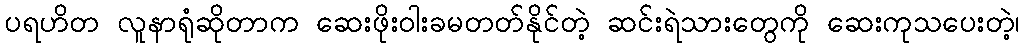
ပရဟိတ လူနာရုံဆိုတာက ဆေးဖိုးဝါးခမတတ်နိုင်တဲ့ ဆင်းရဲသားတွေကို ဆေးကုသပေးတဲ့၊